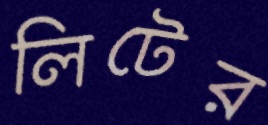
লিটের